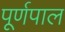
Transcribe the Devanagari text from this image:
पूर्णपाल